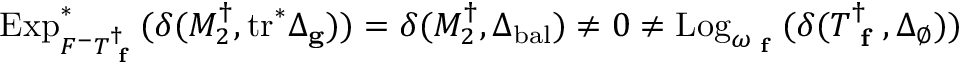
\mathrm { E x p } _ { F ^ { - } T _ { \textup { \bf f } } ^ { \dagger } } ^ { * } ( \delta ( M _ { 2 } ^ { \dagger } , \mathrm { t r } ^ { * } \Delta _ { \mathbf { g } } ) ) = \delta ( M _ { 2 } ^ { \dagger } , \Delta _ { \mathrm { b a l } } ) \neq 0 \neq \mathrm { L o g } _ { \omega _ { \textup { \bf f } } } ( \delta ( T _ { \textup { \bf f } } ^ { \dagger } , \Delta _ { \emptyset } ) )